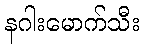
နဂါးမောက်သီး